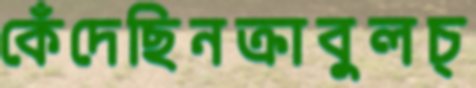
কেঁদেছিনক্রাবুলচ্